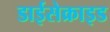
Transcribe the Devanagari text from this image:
डाईसेक्राइड